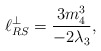
\begin{align*}\ell_{RS}^\perp=\frac{3m_4^3}{-2\lambda_3},\end{align*}